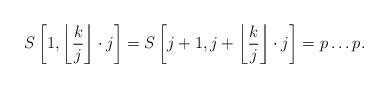
LaTeX: \begin{align*}S\left[1,\left\lfloor\frac{k}{j}\right\rfloor\cdot j\right] = S\left[j+1,j+\left\lfloor\frac{k}{j}\right\rfloor\cdot j\right] = p\ldots p.\end{align*}